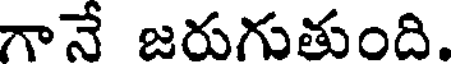
గానే జరుగుతుంది.